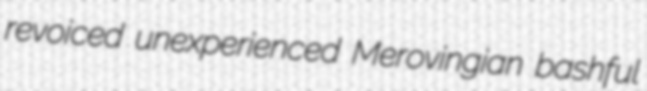
revoiced unexperienced Merovingian bashful